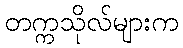
တက္ကသိုလ်များက